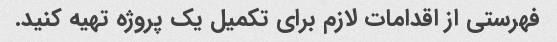
فهرستی از اقدامات لازم برای تکمیل یک پروژه تهیه کنید.